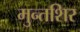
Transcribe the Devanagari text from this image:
मुन्तशिर